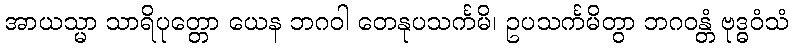
အာယသ္မာ သာရိပုတ္တော ယေန ဘဂဝါ တေနုပသင်္ကမိ၊ ဥပသင်္ကမိတွာ ဘဂဝန္တံ ဗုဒ္ဓဝံသံ